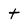
Character: t